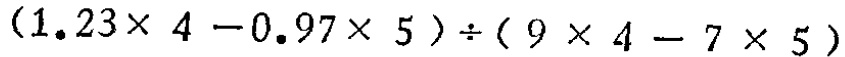
\((1.23\times 4 - 0.97\times 5)\div(9\times 4 - 7\times 5)\)